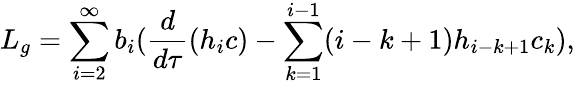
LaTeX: L_{g}=\sum_{i=2}^{\infty}b_{i}(\frac{d}{d\tau}(h_{i}c)-\sum_{k=1}^{i-1}(i-k+1)h_{i-k+1}c_{k}),